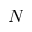
N